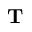
\mathbf { T }